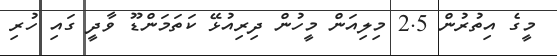
މީގެ އިތުރުން 2.5 މިލިއަން މީހުން ދިރިއުޅޭ ކަތަމަންޑޫ ވާދީ ގައި ހުރި